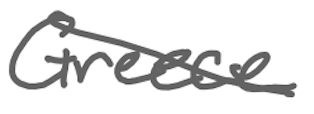
Text: Greece
Cross-out: diagonal
Writing tool: digital_gray